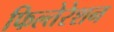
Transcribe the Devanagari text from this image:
फिल्तेरेशन